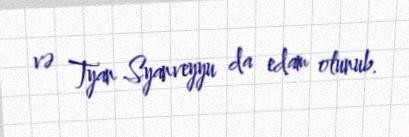
və Tyan Syanveyyu da edam olunub.